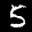
Label: 5